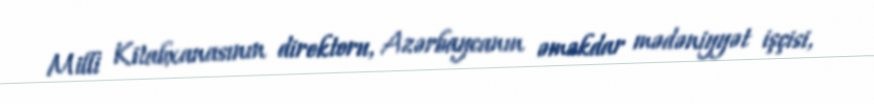
Milli Kitabxanasının direktoru, Azərbaycanın əməkdar mədəniyyət işçisi,